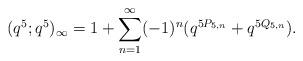
LaTeX: \begin{align*} (q^5;q^5)_\infty &= 1+ \sum_{n=1}^\infty (-1)^n (q^{5P_{5,n}} + q^{5Q_{5,n}}).\end{align*}